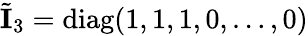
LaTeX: \tilde{\mathbf{I}}_{3}=\mathrm{diag}(1,1,1,0,\dots,0)